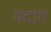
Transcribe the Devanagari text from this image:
यंदांग